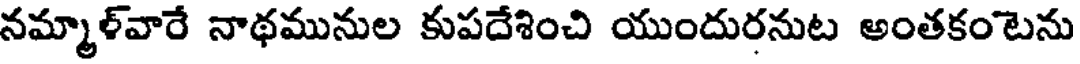
నమ్మాళ్వారే నాథమునుల కుపదేశించి యుందురనుట అంతకంటెను